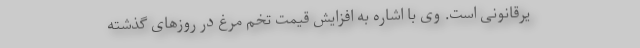
یرقانونی است. وی با اشاره به افزایش قیمت تخم مرغ در روز‌های گذشته